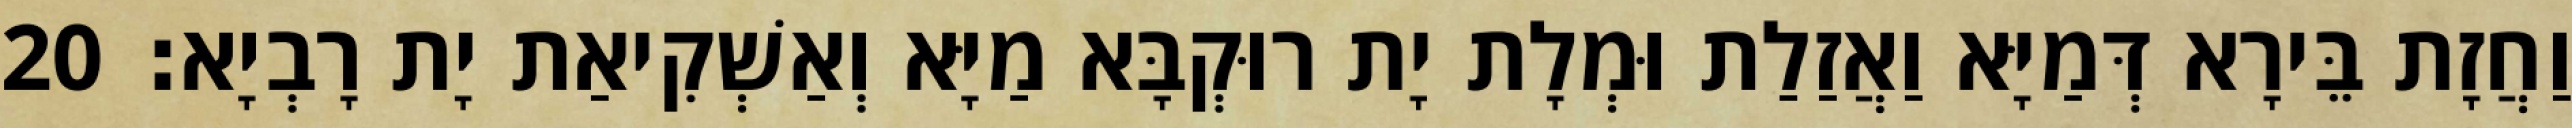
וַחֲזָת בֵּירָא דְּמַיָּא וַאֲזַלַת וּמְלָת יָת רוּקְבָּא מַיָּא וְאַשְׁקִיאַת יָת רָבְיָא׃ 20